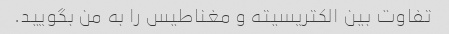
تفاوت بین الکتریسیته و مغناطیس را به من بگویید.